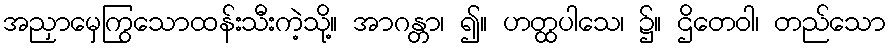
အညှာမှေကြွသောထန်းသီးကဲ့သို့။ အာဂန္တာ၊ ၍။ ဟတ္ထပါသေ၊ ၌။ ဌိတေဝါ၊ တည်သော